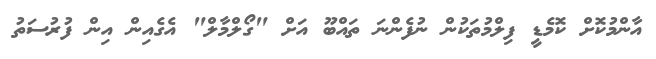
އާންމުކޮށް ކޮމެޑީ ފިލްމުތަކުން ނުފެންނަ ތައްބޫ އަށް "ގޯލްމާލް" އެގެއިން އިން ފުރުސަތު